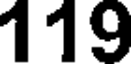
119